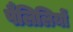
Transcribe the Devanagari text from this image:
पैलिलियों